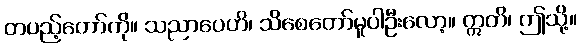
တပည့်တော်ကို။ သညာပေဟိ၊ သိစေတော်မူပါဦးလော့။ ဣတိ၊ ဤသို့။